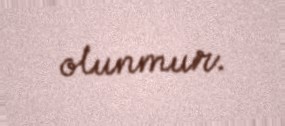
olunmur.